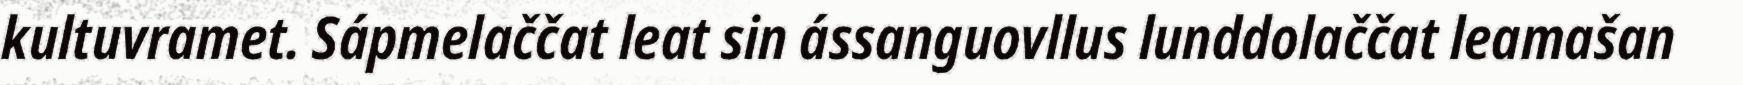
kultuvramet. Sápmelaččat leat sin ássanguovllus lunddolaččat leamašan